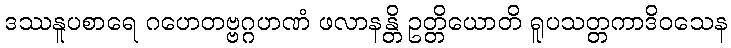
ဒဿနူပစာရေ ဂဟေတဗ္ဗဂ္ဂဟဏံ ဖလာနန္တိ ဥတ္တိယောတိ ရူပသတ္တကာဒိဝသေန